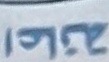
اعانة